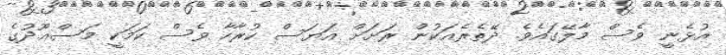
އުޅެނީ ވެސް މާލޭގައެވެ. ދޭތެރެއަކުން ރަށަށް އަޔަސް ކުރާހާ ވެސް ކަމަކީ މަސްޢޫދުގެ